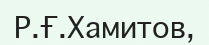
Р.Ғ.Хамитов,